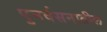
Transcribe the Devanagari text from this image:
पुनर्वसनातील